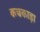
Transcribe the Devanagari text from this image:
कचकाड़ा